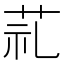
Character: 𦮲